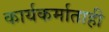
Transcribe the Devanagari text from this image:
कार्यकर्माताही